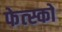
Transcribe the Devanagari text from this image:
फेत्स्को